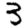
Digit: 3